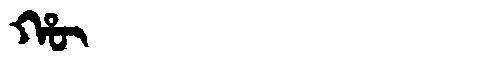
Manchu: ᡥᡡ
Romanization: HŪ